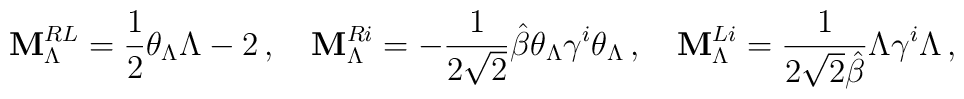
{\bf M}^{RL}_\Lambda=\frac{1}{2}\theta_\Lambda\Lambda-2\,,\quad{\bf M}^{Ri}_\Lambda=-\frac{1}{2\sqrt{2}}\hat{\beta}\theta_\Lambda\gamma^i\theta_\Lambda\,,\quad{\bf M}^{Li}_\Lambda=\frac{1}{2\sqrt{2}\hat{\beta}}\Lambda\gamma^i\Lambda\,,